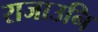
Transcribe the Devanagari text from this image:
राजाउनि